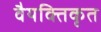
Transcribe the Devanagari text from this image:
वैयक्तिकृत